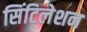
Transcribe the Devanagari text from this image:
सिंटिलेशन